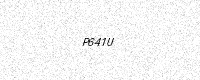
Text: P641U